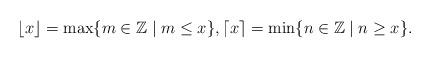
LaTeX: \begin{align*}\lfloor x\rfloor &=\max\{m\in \mathbb {Z} \mid m\leq x\},\lceil x\rceil =\min\{n\in \mathbb {Z} \mid n\geq x\}.\end{align*}